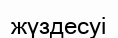
жүздесуі